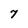
Character: 7